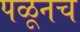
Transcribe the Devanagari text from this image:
पळूनच